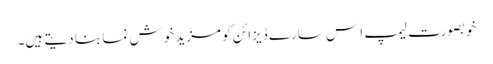
خوبصورت لیمپ اِس سارے ڈیزائن کو مزید خوش نما بنا دیتے ہیں۔